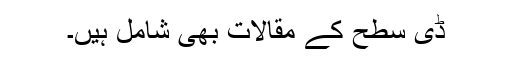
ڈی سطح کے مقالات بھی شامل ہیں۔